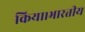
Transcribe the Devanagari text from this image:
किया।भारतीय